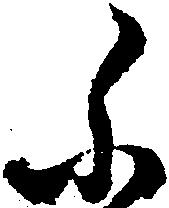
ふ